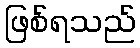
ဖြစ်ရသည်